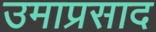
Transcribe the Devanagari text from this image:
उमाप्रसाद